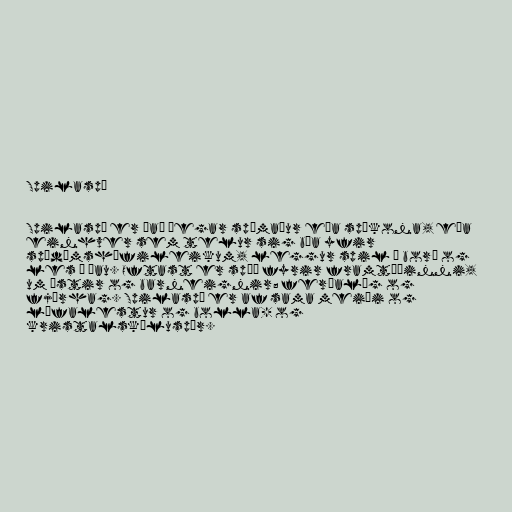
Spilaspá

Spilaspá er það þegar spámaður eða spákona, eða
einhver sem telur sig búa yfir
spádómshæfileikum, leggur spil á borð og
les í þau. Oftast er spáð fyrir framtíðinni,
um ástir og barneignir; ferðalög og
fjárhag. Spilaspá er af sama meiði og
lófalestur og bolla- og
kristalskúluspár.